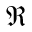
\Re